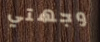
وجهتي